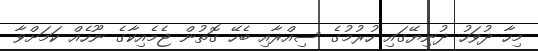
މިހާ ދުވަހު ދުނިޔޭގައި ހުރުމުގެ ސިއްރާއި ބެހޭ ގޮތުން ޖެމެއިކާގެ ނޫހެއް ކަމަށްވާ